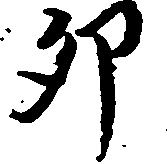
卯